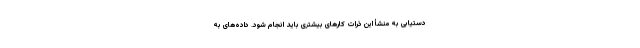
دستیابی به منشأ این ذرات کارهای بیشتری باید انجام شود. داده‌های به